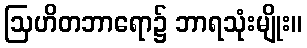
ဩဟိတဘာရော၌ ဘာရသုံးမျိုး။